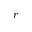
\bar { r }